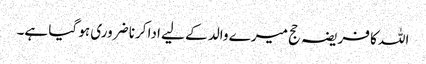
اللہ کا فریضہ حج میرے والد کے لیے ادا کرنا ضروری ہو گیا ہے۔